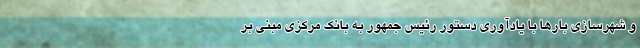
و شهرسازی بارها با یادآوری دستور رئیس جمهور به بانک مرکزی مبنی بر